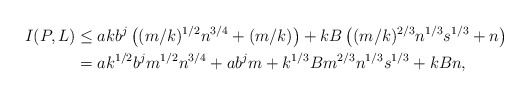
\begin{align*}I(P,L) & \le akb^j \left( (m/k)^{1/2}n^{3/4} + (m/k) \right)+ kB \left( (m/k)^{2/3}n^{1/3}s^{1/3} + n \right ) \\& = ak^{1/2}b^j m^{1/2}n^{3/4} + ab^j m + k^{1/3}B m^{2/3}n^{1/3}s^{1/3} + kB n ,\end{align*}